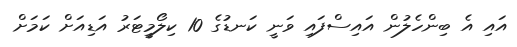
އައި އެ ބިންހެލުން އައިސްފައި ވަނީ ކަނޑުގެ 10 ކިލޯމީޓަރު އަޑިއަށް ކަމަށް